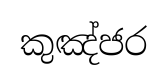
කුඤ්ජර